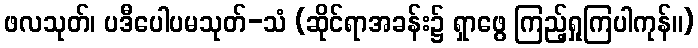
ဖလသုတ်၊ ပဒီပေါပမသုတ်-သံ (ဆိုင်ရာအခန်း၌ ရှာဖွေ ကြည့်ရှုကြပါကုန်။)